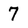
Character: 7